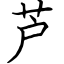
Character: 芦